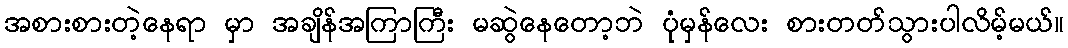
အစားစားတဲ့နေရာ မှာ အချိန်အကြာကြီး မဆွဲနေတော့ဘဲ ပုံမှန်လေး စားတတ်သွားပါလိမ့်မယ်။